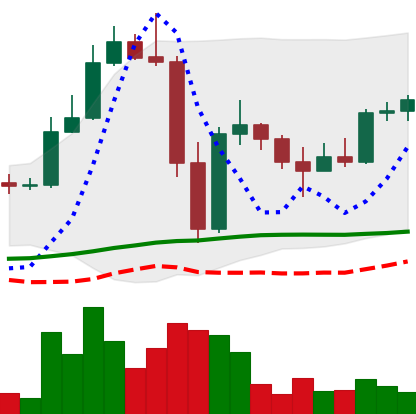
Ticker: LTC-USD
Chart end date: 2022-11-19
Forward return: 23.534%
Label: up_7plus